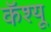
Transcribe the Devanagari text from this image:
कॅश्यू